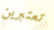
تعتبرين